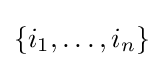
\{i_{1},\ldots ,i_{n}\}